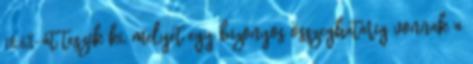
18.6%-át teszik ki, melyet egy bizonyos összeghatárig vonnak a